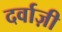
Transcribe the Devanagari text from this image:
दर्वाज़ी